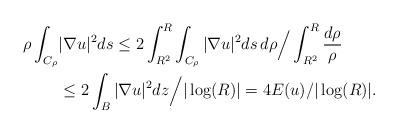
LaTeX: \begin{align*} \rho\int_{C_{\rho}}&|\nabla u|^2ds \le 2\int_{R^2}^R\int_{C_{\rho}}|\nabla u|^2ds\,d\rho\Big/\int_{R^2}^R\frac{d\rho}{\rho}\\ &\le 2\int_B|\nabla u|^2dz\Big/|\log(R)|=4 E(u)/|\log(R)|. \end{align*}